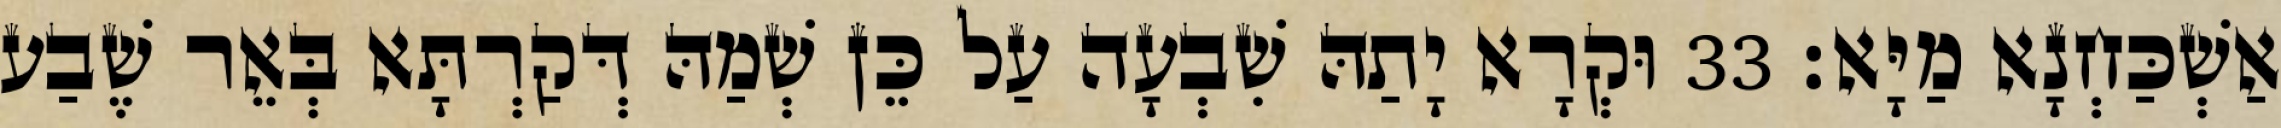
אַשְׁכַּחְנָא מַיָּא׃ 33 וּקְרָא יָתַהּ שִׁבְעָה עַל כֵּן שְׁמַהּ דְּקַרְתָּא בְּאֵר שֶׁבַע